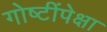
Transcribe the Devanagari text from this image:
गोष्टींपेक्षा